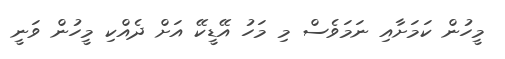
މީހުން ކަމަށާއި ނަމަވެސް މި މަހު އޭޑީކޭ އަށް ދެއްކި މީހުން ވަނީ